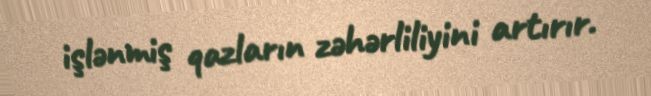
işlənmiş qazların zəhərliliyini artırır.